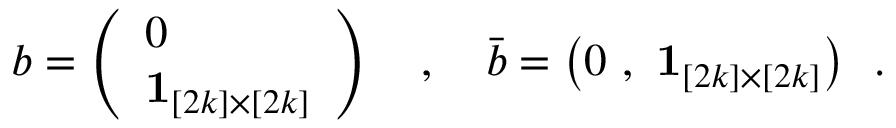
b = \left( \begin{array} { l } { { 0 } } \\ { { { \bf 1 } _ { [ 2 k ] \times [ 2 k ] } } } \end{array} \right) ~ ~ ~ , ~ ~ ~ \bar { b } = \big ( 0 \ , \ { \bf 1 } _ { [ 2 k ] \times [ 2 k ] } \big ) ~ ~ .